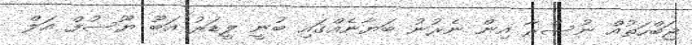
ޖަބްހަތުއް ނުސްރާ އިން ނެރުނު ބަޔާނެއްގައި ބުނީ ލީޑަރު އަބޫ ޔޫސުފް އަލް